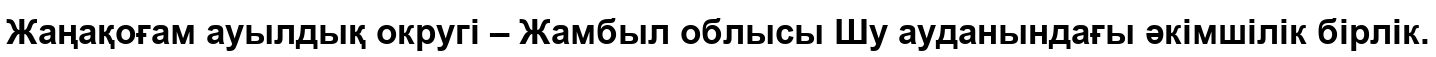
Жаңақоғам ауылдық округі – Жамбыл облысы Шу ауданындағы әкімшілік бірлік.